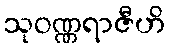
သုဝဏ္ဏရာဇီဟိ